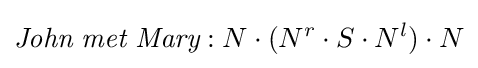
{\textit {John}}\ {\textit {met}}\ {\textit {Mary}}:N\cdot (N^{r}\cdot S\cdot N^{l})\cdot N